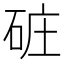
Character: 䂯